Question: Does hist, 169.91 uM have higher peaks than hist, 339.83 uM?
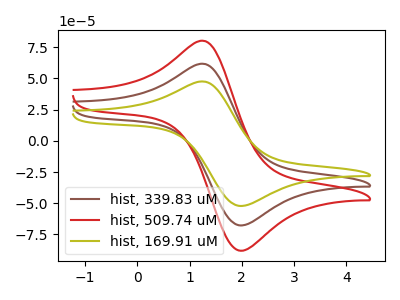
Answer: <think>The brown curve "hist, 339.83 uM" has an anodic peak at (1.30V, 61.40uA) and a cathodic peak at (2.00V, -67.80uA). The red curve "hist, 509.74 uM" has an anodic peak at (1.30V, 122.80uA) and a cathodic peak at (2.00V, -135.65uA). The olive curve "hist, 169.91 uM" has an anodic peak at (1.30V, 47.30uA) and a cathodic peak at (2.00V, -52.20uA).</think>
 <answer>Every peak in "hist, 169.91 uM" is lower than every peak in "hist, 339.83 uM".</answer>
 <eval>lower</eval>